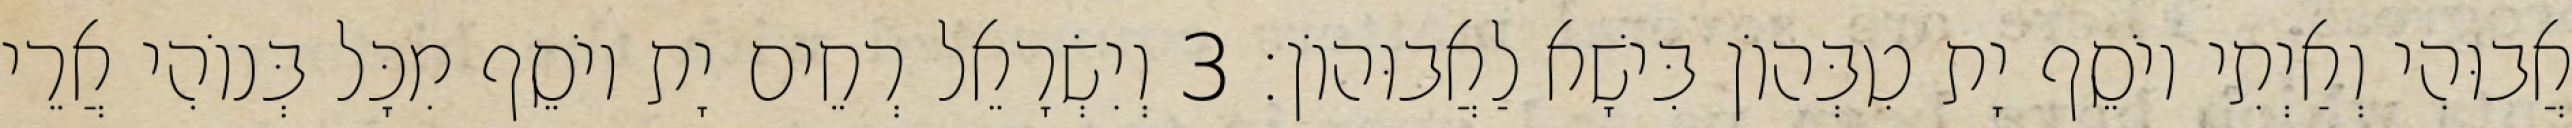
אֲבוּהִי וְאַיְתִי יוֹסֵף יָת טִבְּהוֹן בִּישָׁא לַאֲבוּהוֹן׃ 3 וְיִשְׂרָאֵל רְחֵים יָת יוֹסֵף מִכָּל בְּנוֹהִי אֲרֵי